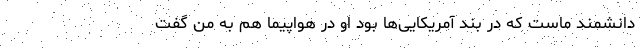
دانشمند ماست که در بند آمریکایی‌ها بود او در هواپیما هم به من گفت